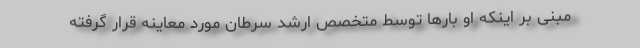
مبنی بر اینکه او بارها توسط متخصص ارشد سرطان مورد معاینه قرار گرفته